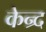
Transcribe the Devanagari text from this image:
केन्र्द